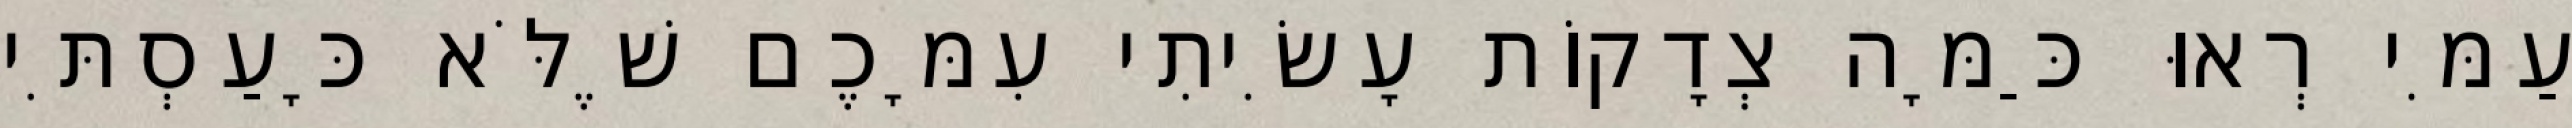
עַמִּי רְאוּ כַּמָּה צְדָקוֹת עָשִׂיתִי עִמָּכֶם שֶׁלֹּא כָּעַסְתִּי